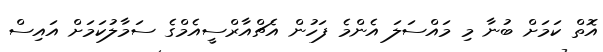
އޮތް ކަމަށް ބުނާ މި މައްސަލަ އެންމެ ފަހުން އެޗްއާރްސީއެމްގެ ސަމާލުކަމަށް އައިސް